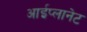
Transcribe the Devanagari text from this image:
आईप्लानेट